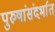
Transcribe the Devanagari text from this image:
पुरुषांसंदर्भात